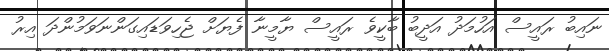
ނައިބު ރައީސް އަހުމަދު އަދީބު ބާކީވެ ރައީސް ޔާމީނާ ފެޔަށް ޖެހިވަޑައިގަންނަވަމުންދަ އިރު